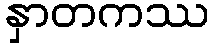
နှာတကဿ